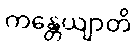
ကန္တေယျာတိ